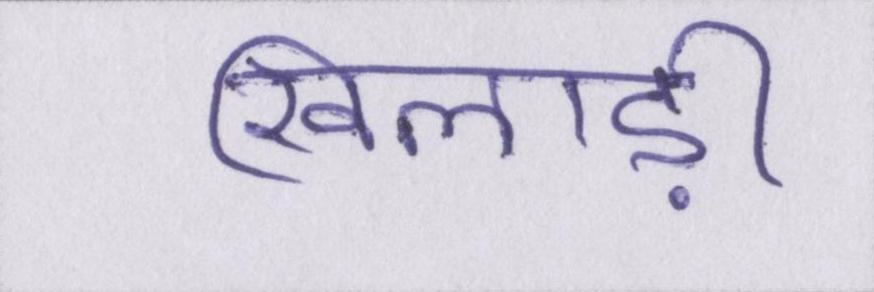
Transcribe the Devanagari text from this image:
खिलाड़ी